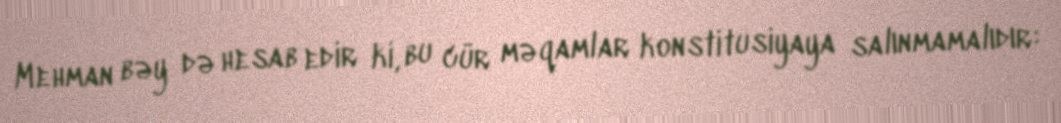
Mehman bəy də hesab edir ki, bu cür məqamlar konstitusiyaya salınmamalıdır: